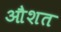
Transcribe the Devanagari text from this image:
औशत